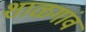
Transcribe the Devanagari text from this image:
शाळगांव